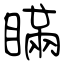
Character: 瞞